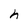
Character: h